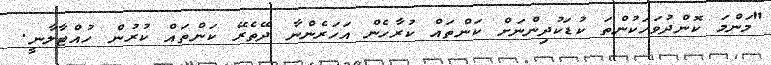
"މަންމަ ކޮންދުވަހަކުންތަ ކުޑަކުދިންނަށް ކަންތައް ކުރާހެން އަހަރެންނާ ދޭތެރޭ ކަންތައް ކުރުން ހުއްޓާލާނީ.